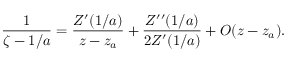
{ \frac { 1 } { \zeta - 1 / a } } = { \frac { Z ^ { \prime } ( 1 / a ) } { z - z _ { a } } } + { \frac { Z ^ { \prime \prime } ( 1 / a ) } { 2 Z ^ { \prime } ( 1 / a ) } } + { \cal O } ( z - z _ { a } ) .